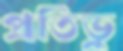
প্রতিভু